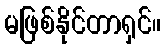
မဖြစ်နိုင်တာရှင်။